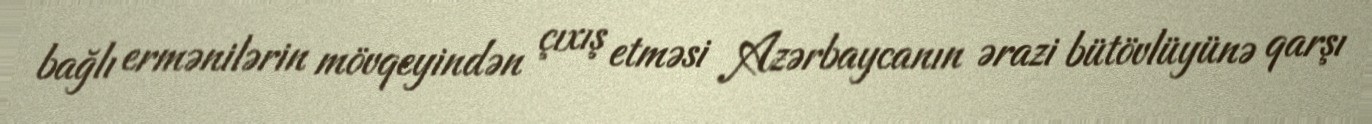
bağlı ermənilərin mövqeyindən çıxış etməsi Azərbaycanın ərazi bütövlüyünə qarşı